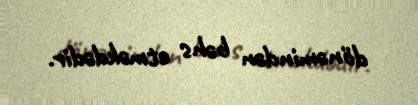
dönəmindən bəhs etməkdədir.